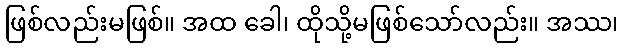
ဖြစ်လည်းမဖြစ်။ အထ ခေါ၊ ထိုသို့မဖြစ်သော်လည်း။ အဿ၊